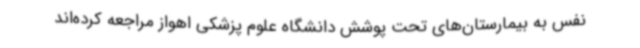
نفس به بیمارستان‌های تحت پوشش دانشگاه علوم پزشکی اهواز مراجعه کرده‌اند